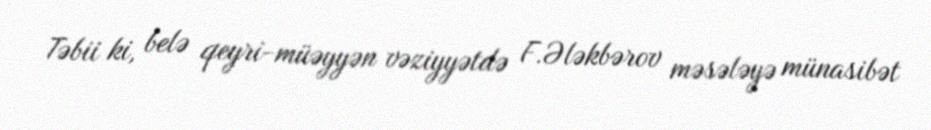
Təbii ki, belə qeyri-müəyyən vəziyyətdə F.Ələkbərov məsələyə münasibət